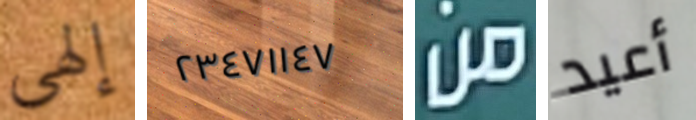
إلهي ٢٣٤٧١١٤٧ من أعيد